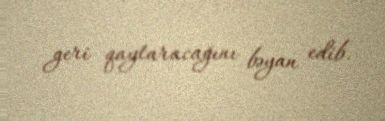
geri qaytaracağını bəyan edib.